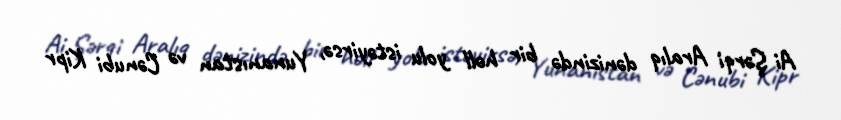
Ai Şərqi Aralıq dənizində bir həll yolu istəyirsə, Yunanıstan və Cənubi Kipr